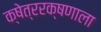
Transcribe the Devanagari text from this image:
क्षेत्ररक्षणाला